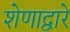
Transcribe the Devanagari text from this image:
शेणाद्वारे